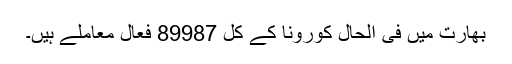
بھارت میں فی الحال کورونا کے کل 89987 فعال معاملے ہیں۔